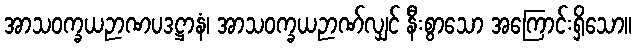
အာသဝက္ခယဉာဏပဒဋ္ဌာနံ၊ အာသဝက္ခယဉာဏ်လျှင် နီးစွာသော အကြောင်းရှိသော။